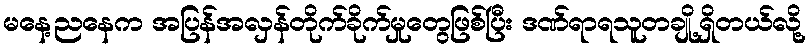
မနေ့ညနေက အပြန်အလှန်တိုက်ခိုက်မှုတွေဖြစ်ပြီး ဒဏ်ရာရသူတချို့ရှိတယ်လို့